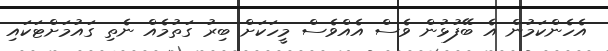
އެހެންކަމުން އެ ބޭފުޅުން ވެސް އެއްވެސް މީހަކަށް ބިރު ގަތުމެއް ނެތި ގައުމަށްޓަކައި